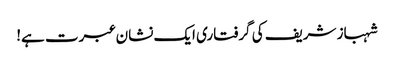
شہباز شریف کی گرفتاری ایک نشان عبرت ہے!